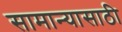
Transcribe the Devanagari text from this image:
सामान्यासाठी